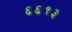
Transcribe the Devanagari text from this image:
६६१३